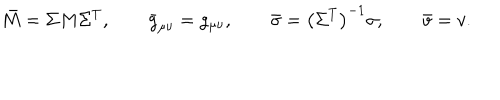
\bar { M } = \Sigma M \Sigma ^ { T } , \qquad \bar { g } _ { \mu \nu } = g _ { \mu \nu } , \qquad \bar { \sigma } = \left( \Sigma ^ { T } \right) ^ { - 1 } \sigma , \qquad \bar { v } = v .